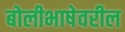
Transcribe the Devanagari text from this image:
बोलीभाषेवरील